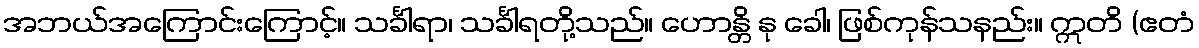
အဘယ်အကြောင်းကြောင့်။ သင်္ခါရာ၊ သင်္ခါရတို့သည်။ ဟောန္တိ နု ခေါ၊ ဖြစ်ကုန်သနည်း။ ဣတိ (ဧတံ